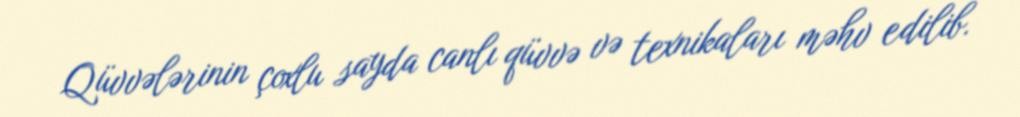
Qüvvələrinin çoxlu sayda canlı qüvvə və texnikaları məhv edilib.